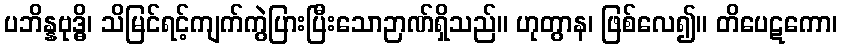
ပဘိန္နဗုဒ္ဓိ၊ သိမြင်ရင့်ကျက်ကွဲပြားပြီးသောဉာဏ်ရှိသည်။ ဟုတွာန၊ ဖြစ်လေ၍။ တိပေဋကော၊